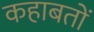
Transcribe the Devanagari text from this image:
कहाबतों